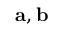
\mathbf { a } , \mathbf { b }